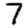
Digit: 7